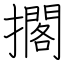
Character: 擱